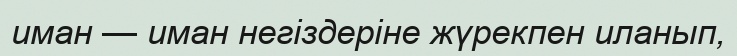
иман — иман негіздеріне жүрекпен иланып,